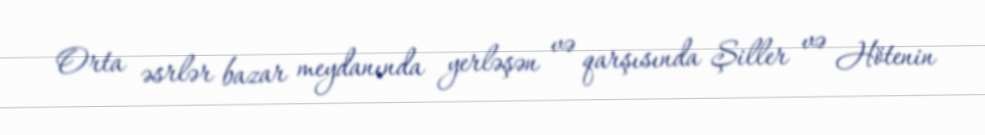
Orta əsrlər bazar meydanında yerləşən və qarşısında Şiller və Hötenin